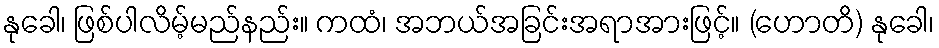
နုခေါ၊ ဖြစ်ပါလိမ့်မည်နည်း။ ကထံ၊ အဘယ်အခြင်းအရာအားဖြင့်။ (ဟောတိ) နုခေါ၊